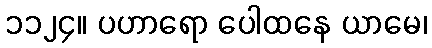
၁၁၂၄။ ပဟာရော ပေါထနေ ယာမေ၊